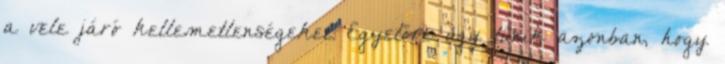
a vele járó kellemetlenségeket. Egyelőre úgy tűnik azonban, hogy